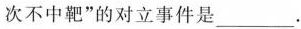
次不中靶”的对立事件是___.